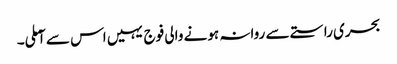
بحری راستے سے روانہ ہونے والی فوج یہیں اس سے آملی۔